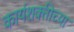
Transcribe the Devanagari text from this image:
कार्यशक्तीच्या